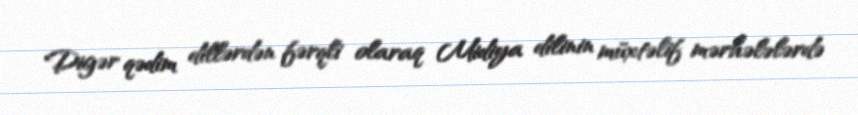
Digər qədim dillərdən fərqli olaraq Midiya dilinin müxtəlif mərhələlərdə